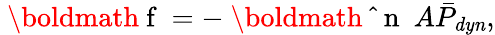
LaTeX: \mathrm{~\boldmath~f~}=-\mathrm{~\boldmath~\hat{~}{~n~}~}A\bar{P}_{\mathit{dyn}},